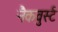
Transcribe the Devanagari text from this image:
नैकवुर्स्ट